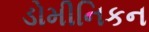
ડોમીનિકન